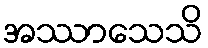
အဿာသေသိ